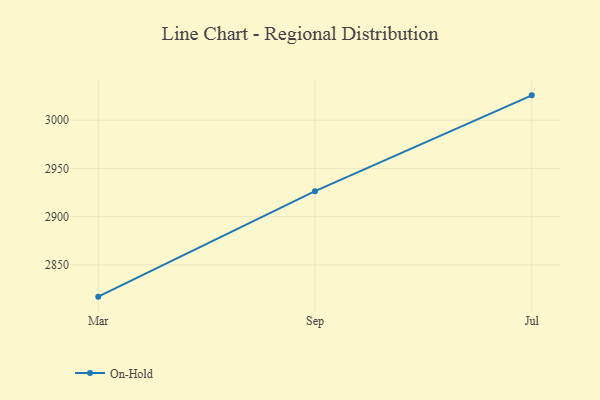
{"axis": {"x": "Month", "y": "Tickets Resolved"}, "legend": ["On-Hold"], "data": [{"x": "Mar", "y": 2817.0, "type": "On-Hold"}, {"x": "Sep", "y": 2926.4, "type": "On-Hold"}, {"x": "Jul", "y": 3025.8, "type": "On-Hold"}]}